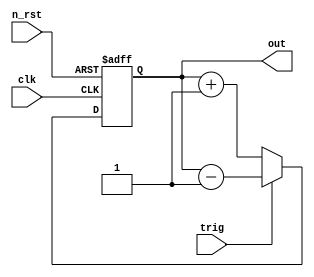
module binary(
    clk,
    n_rst,
    trig,
    out
);

    input clk;
    input n_rst;
    input trig;
    output [2:0]out;

    reg [2:0]out;

    always @(posedge clk or negedge n_rst) begin
        if(!n_rst) begin
            out <= 3'b000;
        end

        else begin
            if (trig == 1'b1) begin
                out<= (out-1'b1);
            end
            else begin
                out <= (out+1'b1);
            end
        end
    end                                                                                                                                                                                                                                                       
endmodule